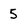
Character: 5